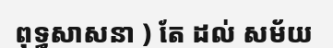
ពុទ្ធសាសនា ) តែ ដល់ សម័យ